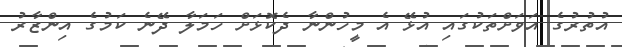
އުތުރުގެ އަވަށްތަކުގައި އުޅޭ އެ މީހުންނާ ދެކޮޅަށް ހަމަލާ ދޭނެ ކަމުގެ އިންޒާރު